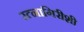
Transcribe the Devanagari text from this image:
रत्नागिरीशी